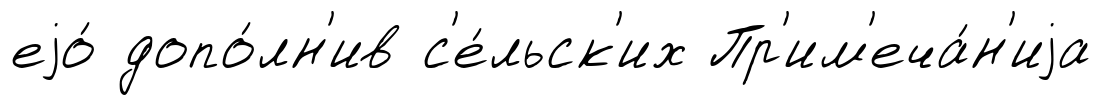
еjо́ допо́лн'ив с'е́льск'их Пр'им'еча́н'иjа